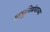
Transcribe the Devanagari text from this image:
लघुनिबंधाच्या